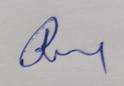
Signature authenticity: genuine